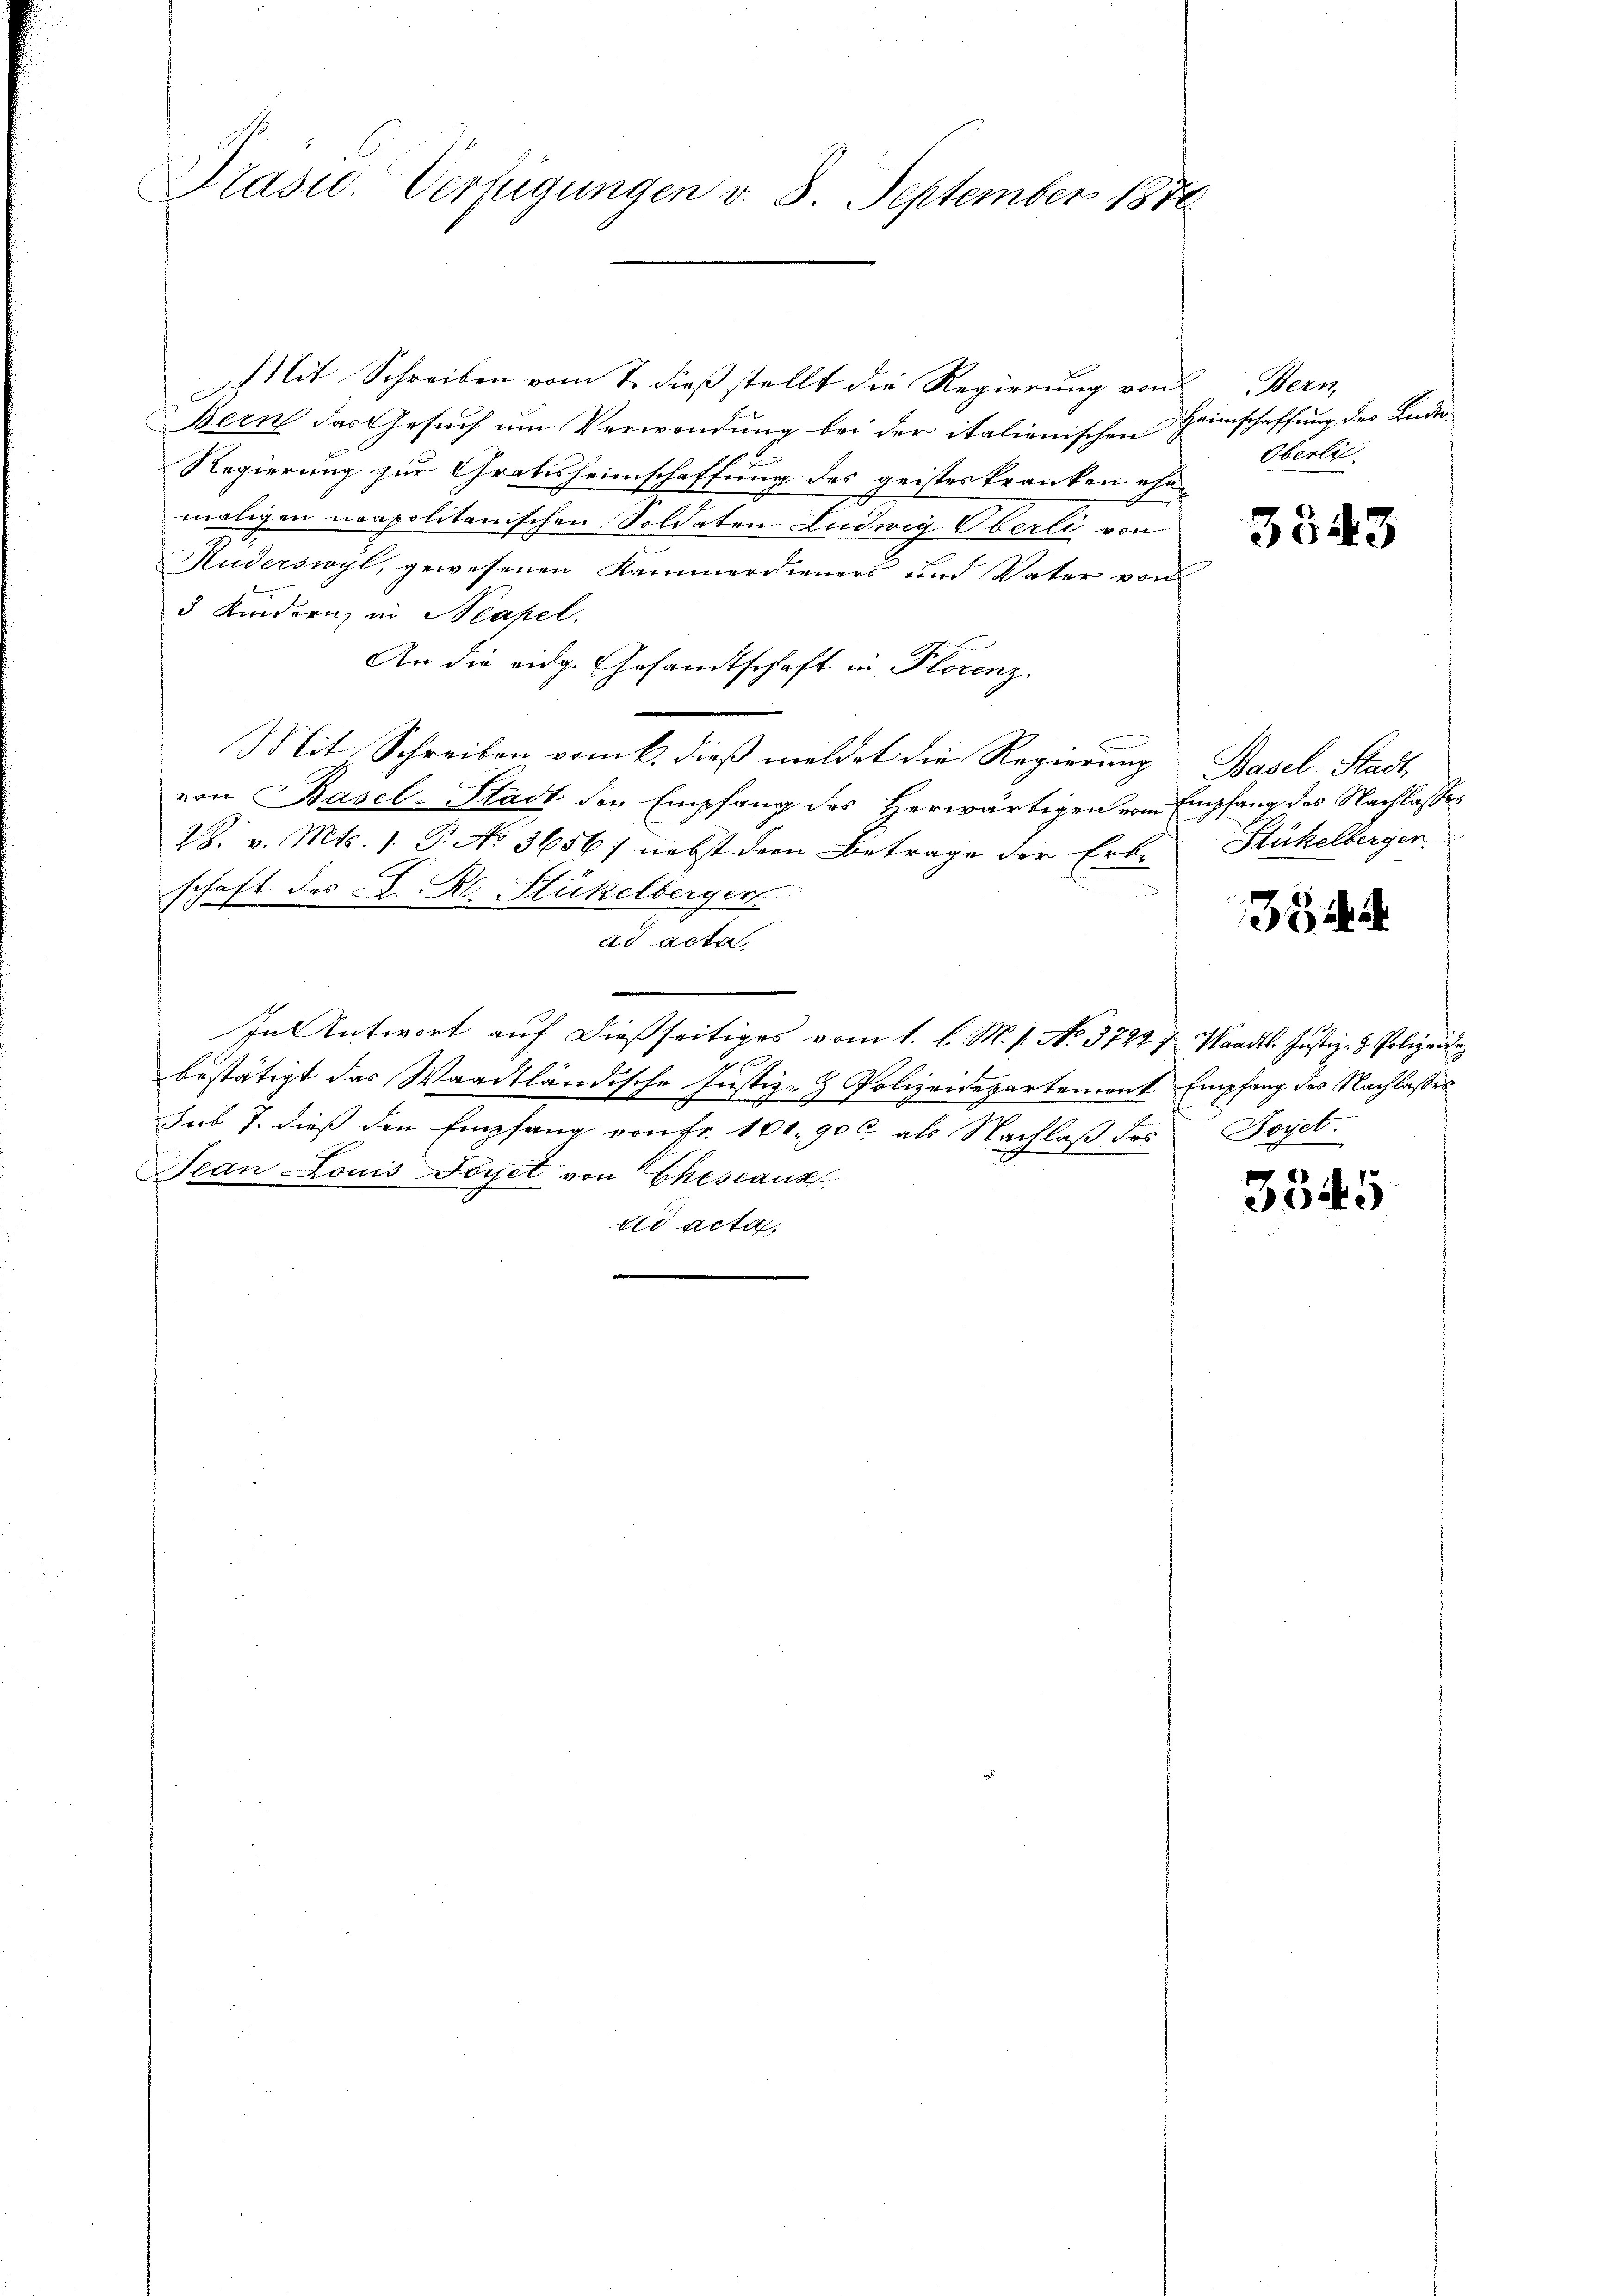
Präsid. Verfügungen v. 3. September 1870

Mit Schreiben vom 7. dieß stellt die Regierung von Bern,
Bern das Gesuch um Verwendung bei der italienischen Heimschaffung des Lude¬
Regierung zur Gratisheimschaffung des geisteskranken eher
maligen neapolitanischen Soldaten Ludwig Oberli von
Kuderswyl, gewesenen Kammerdieners und Vater von
3 Kinderenz in Neapel.
An die eidg. Gesandtschaft in Florenz.
Mit Schreiben vom k. dieß meldet die Regierung Basel-Stadt,
von Basel-Stadt den Empfang des Herwärtigen vom Empfang des Nachlasses
28. v. Mts. 1. P. No 3656; nebst dem Betrage der Erb-
u
schaft des L. Kl. Stückelberger
ad acta
In Antwort auf dießseitiges vom 1. l. M. 1. No. 3727 f. Waadt Justiz- & Polizeite
bestätigt das Waadtländische Justiz- & Polizeidepartement Empfang des Nachlasses
Sub 7. dieß den Empfang von Fr. 101. 90 c. als Nachlaß des
Jean Louis Forjet von Ehescanz
dd acta.

Oberli

3343

Stückelberger

334

Joyet.

3545